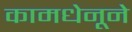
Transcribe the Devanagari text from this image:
कामधेनूने